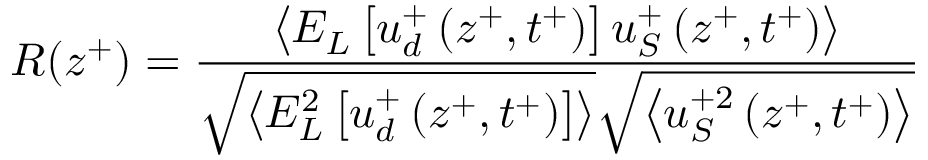
R ( z ^ { + } ) = \frac { \left< E _ { L } \left[ u _ { d } ^ { + } \left( z ^ { + } , t ^ { + } \right) \right] u _ { S } ^ { + } \left( z ^ { + } , t ^ { + } \right) \right> } { \sqrt { \left< E _ { L } ^ { 2 } \left[ u _ { d } ^ { + } \left( z ^ { + } , t ^ { + } \right) \right] \right> } \sqrt { \left< u _ { S } ^ { + 2 } \left( z ^ { + } , t ^ { + } \right) \right> } }